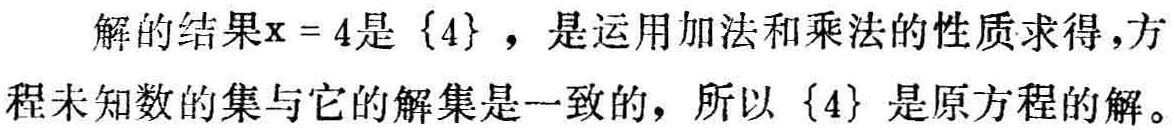
解的结果\(x = 4\)是\(\{4\}\)，是运用加法和乘法的性质求得，方程未知数的集与它的解集是一致的，所以\(\{4\}\)是原方程的解。